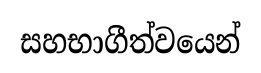
සහභාගීත්වයෙන්